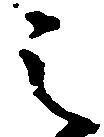
之